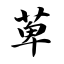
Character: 萆